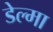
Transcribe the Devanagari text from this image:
डेल्मा